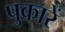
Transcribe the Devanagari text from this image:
पुकारें